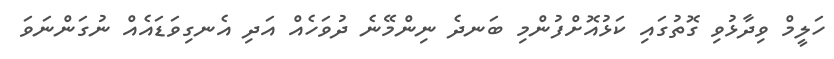
ހަލީމް ވިދާޅުވި ގޮތުގައި ކަޅުއޮށްފުންމި ބަނދެ ނިންމޭނެ ދުވަހެއް އަދި އެނގިވަޑައެއް ނުގަންނަވަ